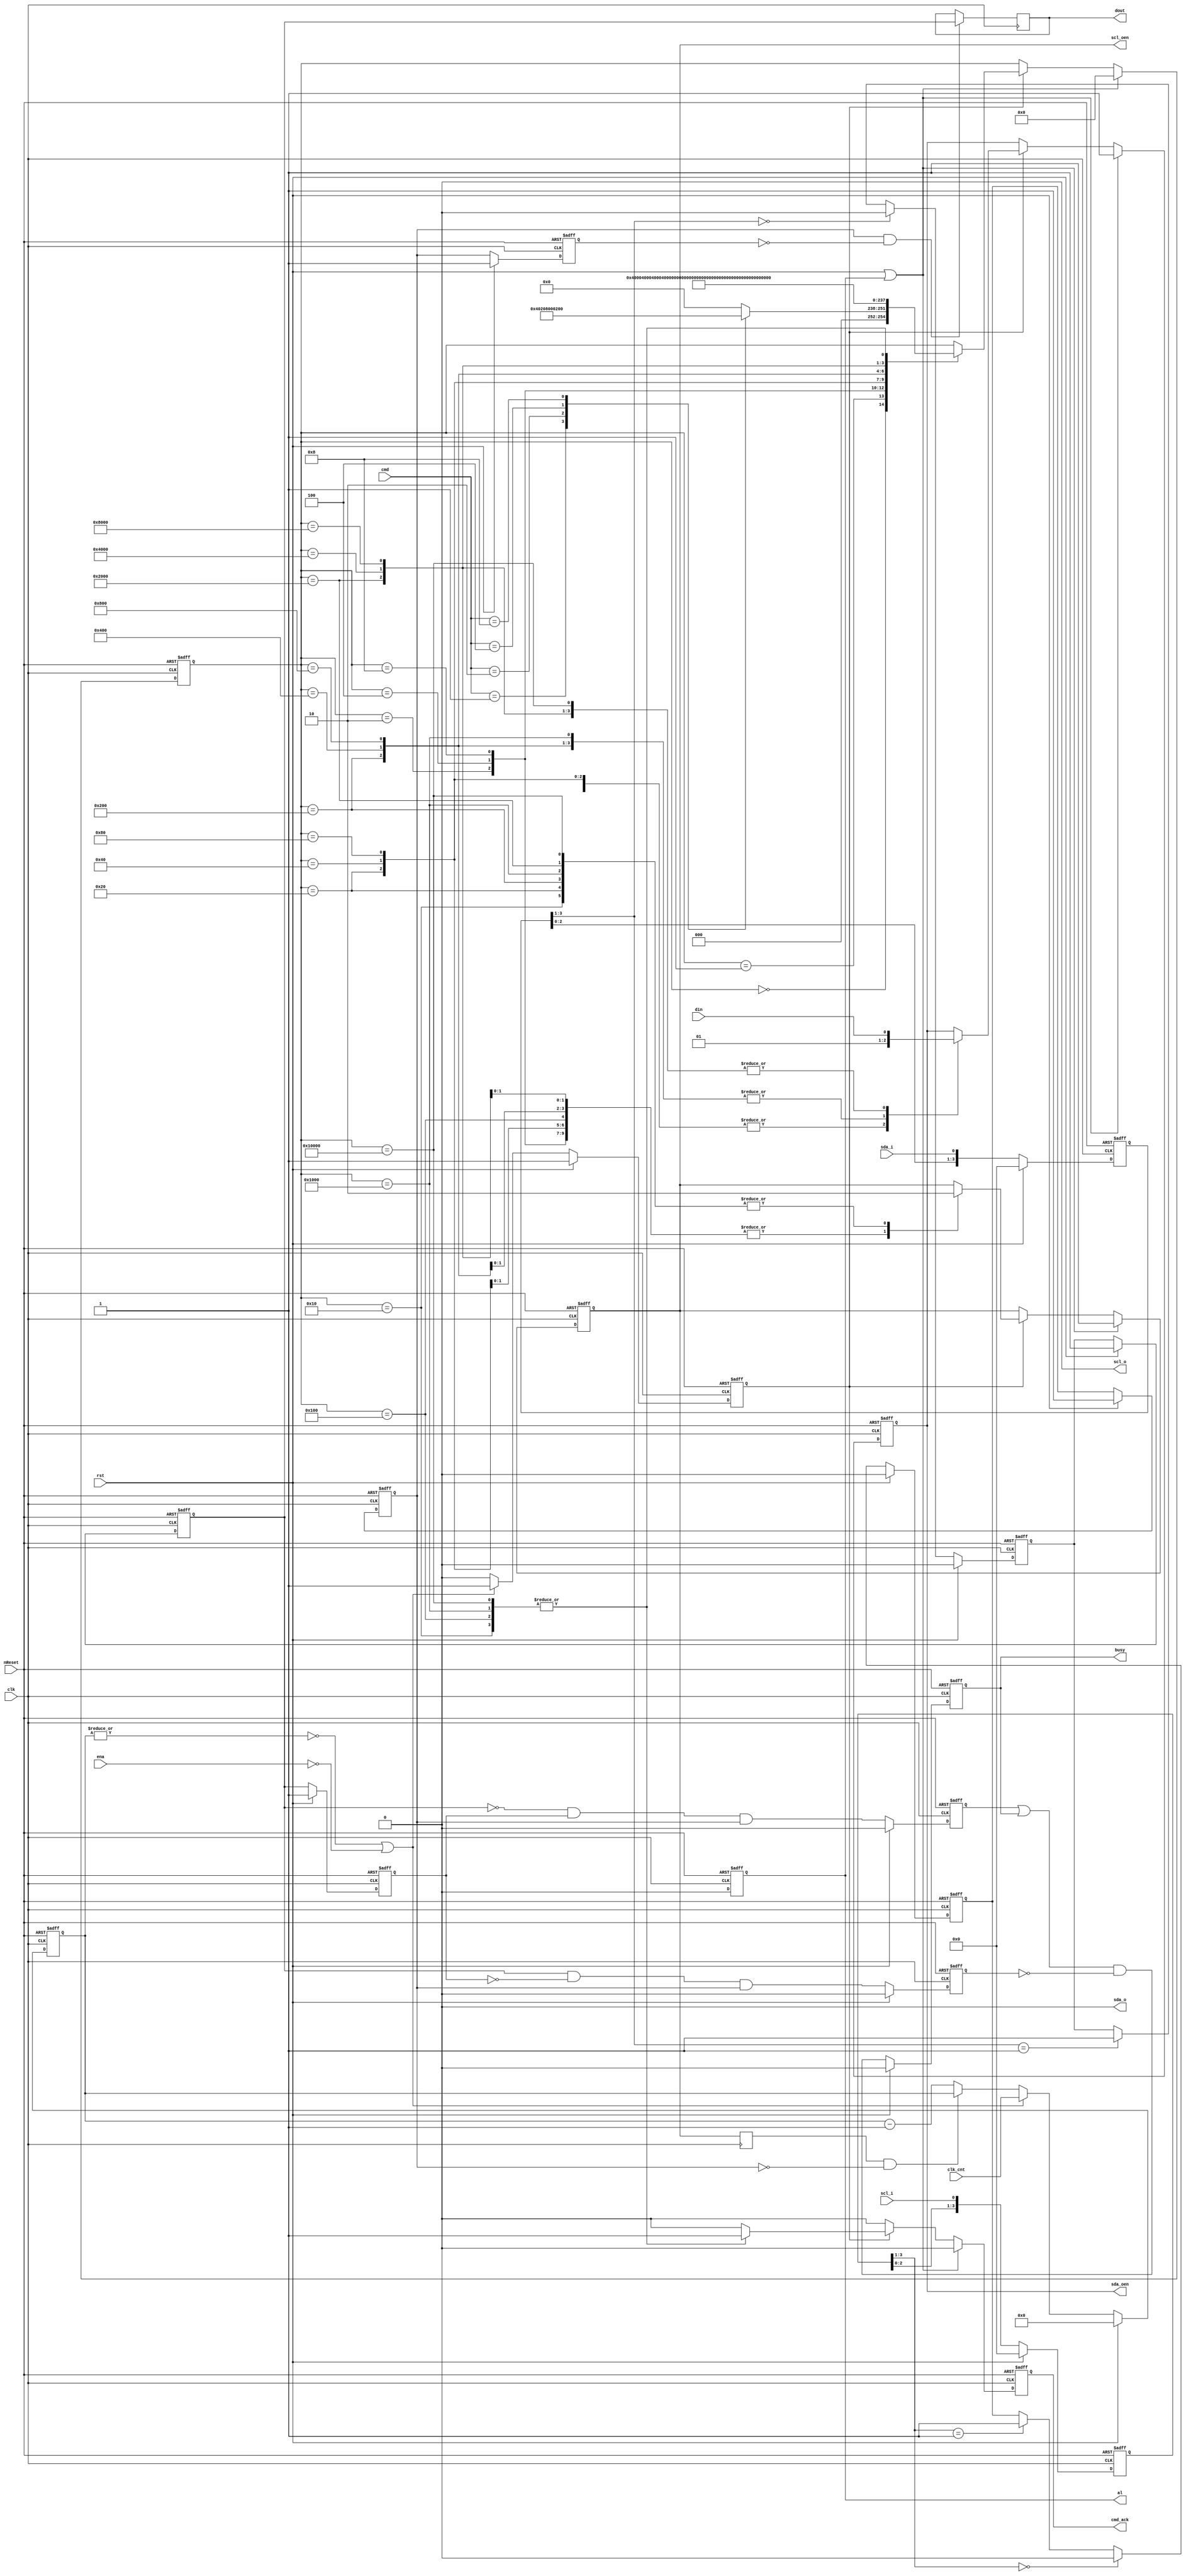
//--------------------------------------------------------------------
// >>>>>>>>>>>>>>>>>>>>>> COPYRIGHT NOTICE <<<<<<<<<<<<<<<<<<<<<<<<<<<
//--------------------------------------------------------------------
/////////////////////////////////////////////////////////////////////
////                                                             ////
////  WISHBONE rev.B2 compliant I2C Master bit-controller        ////
////                                                             ////
////                                                             ////
////          richard@asics.ws                                   ////
////          www.asics.ws                                       ////
////                                                             ////
////  Downloaded from: http://www.opencores.org/projects/i2c/    ////
////                                                             ////
/////////////////////////////////////////////////////////////////////
////                                                             ////
//// Copyright (C) 2001 Richard Herveille                        ////
////                    richard@asics.ws                         ////
////                                                             ////
//// This source file may be used and distributed without        ////
//// restriction provided that this copyright statement is not   ////
//// removed from the file and that any derivative work contains ////
//// the original copyright notice and the associated disclaimer.////
////                                                             ////
////     THIS SOFTWARE IS PROVIDED ``AS IS'' AND WITHOUT ANY     ////
//// EXPRESS OR IMPLIED WARRANTIES, INCLUDING, BUT NOT LIMITED   ////
//// TO, THE IMPLIED WARRANTIES OF MERCHANTABILITY AND FITNESS   ////
//// FOR A PARTICULAR PURPOSE. IN NO EVENT SHALL THE AUTHOR      ////
//// OR CONTRIBUTORS BE LIABLE FOR ANY DIRECT, INDIRECT,         ////
//// INCIDENTAL, SPECIAL, EXEMPLARY, OR CONSEQUENTIAL DAMAGES    ////
//// (INCLUDING, BUT NOT LIMITED TO, PROCUREMENT OF SUBSTITUTE   ////
//// GOODS OR SERVICES; LOSS OF USE, DATA, OR PROFITS; OR        ////
//// BUSINESS INTERRUPTION) HOWEVER CAUSED AND ON ANY THEORY OF  ////
//// LIABILITY, WHETHER IN  CONTRACT, STRICT LIABILITY, OR TORT  ////
//// (INCLUDING NEGLIGENCE OR OTHERWISE) ARISING IN ANY WAY OUT  ////
//// OF THE USE OF THIS SOFTWARE, EVEN IF ADVISED OF THE         ////
//// POSSIBILITY OF SUCH DAMAGE.                                 ////
////                                                             ////
/////////////////////////////////////////////////////////////////////
//
//  Copyright (c) 2008 by Lattice Semiconductor Corporation      
//
//-------------------------------------------------------------------------                           
// Disclaimer:
//
//   This VHDL or Verilog source code is intended as a design reference
//   which illustrates how these types of functions can be implemented.
//   It is the user's responsibility to verify their design for
//   consistency and functionality through the use of formal
//   verification methods.  Lattice Semiconductor provides no warranty
//   regarding the use or functionality of this code.
//-------------------------------------------------------------------------
//
//    Lattice Semiconductor Corporation
//    5555 NE Moore Court
//    Hillsboro, OR 97124
//    U.S.A
//
//    TEL: 1-800-Lattice (USA and Canada)
//    503-268-8001 (other locations)
//
//    web: http://www.latticesemi.com/
// 
//-------------------------------------------------------------------------
//  CVS Log
//
//  $Id: i2c_master_bit_ctrl.v,v 1.12 2006/09/04 09:08:13 rherveille Exp $
//
//  $Date: 2006/09/04 09:08:13 $
//  $Revision: 1.12 $
//  $Author: rherveille $
//  $Locker:  $
//  $State: Exp $
//
// Change History:
//               $Log: i2c_master_bit_ctrl.v,v $
//               Revision 1.12  2006/09/04 09:08:13  rherveille
//               fixed short scl high pulse after clock stretch
//               fixed slave model not returning correct '(n)ack' signal
//
//               Revision 1.11  2004/05/07 11:02:26  rherveille
//               Fixed a bug where the core would signal an arbitration lost (AL bit set), when another master controls the bus and the other master generates a STOP bit.
//
//               Revision 1.10  2003/08/09 07:01:33  rherveille
//               Fixed a bug in the Arbitration Lost generation caused by delay on the (external) sda line.
//               Fixed a potential bug in the byte controller's host-acknowledge generation.
//
//               Revision 1.9  2003/03/10 14:26:37  rherveille
//               Fixed cmd_ack generation item (no bug).
//
//               Revision 1.8  2003/02/05 00:06:10  rherveille
//               Fixed a bug where the core would trigger an erroneous 'arbitration lost' interrupt after being reset, when the reset pulse width < 3 clk cycles.
//
//               Revision 1.7  2002/12/26 16:05:12  rherveille
//               Small code simplifications
//
//               Revision 1.6  2002/12/26 15:02:32  rherveille
//               Core is now a Multimaster I2C controller
//
//               Revision 1.5  2002/11/30 22:24:40  rherveille
//               Cleaned up code
//
//               Revision 1.4  2002/10/30 18:10:07  rherveille
//               Fixed some reported minor start/stop generation timing issuess.
//
//               Revision 1.3  2002/06/15 07:37:03  rherveille
//               Fixed a small timing bug in the bit controller.\nAdded verilog simulation environment.
//
//               Revision 1.2  2001/11/05 11:59:25  rherveille
//               Fixed wb_ack_o generation bug.
//               Fixed bug in the byte_controller statemachine.
//               Added headers.
//
//-------------------------------------------------------------------------
// Code Revision History (LSC) :
//-------------------------------------------------------------------------
// Ver: | Author	|Mod. Date	|Changes Made:
// V2.0 | CM		|12/2008    |no change
//-------------------------------------------------------------------------

// Modifications by Josh Wade Viewcast Inc. 05/10/2013
	// Added deglitch filter to the SDA and SCL inputs
	// Made the deglitch be 4 clk's wide. at 100MHz this is 40ns.
	// This caused the slave_wait to fire at every SCL rising edge. 
	// This is not seen as a problem will leave with extra 40ns of SCL clock.
	// This also caused the arb lost to fire during a write SDA chk.
	// It was decided to turn off the arb lost because multi master is not needed.
	// Note: Multi-Master is disabled becasue arb lost is diabled.
	// To re-enable multi-master: enable arb lost signal and remove deglitch
	//		or enable arb lost and fix SDA chk.	
	
	
/////////////////////////////////////
// Bit controller section
/////////////////////////////////////
//
// Translate simple commands into SCL/SDA transitions
// Each command has 5 states, A/B/C/D/idle
//
// start:	SCL	~~~~~~~~~~\____
//	SDA	~~~~~~~~\______
//		 x | A | B | C | D | i
//
// repstart	SCL	____/~~~~\___
//	SDA	__/~~~\______
//		 x | A | B | C | D | i
//
// stop	SCL	____/~~~~~~~~
//	SDA	==\____/~~~~~
//		 x | A | B | C | D | i
//
//- write	SCL	____/~~~~\____
//	SDA	==X=========X=
//		 x | A | B | C | D | i
//
//- read	SCL	____/~~~~\____
//	SDA	XXXX=====XXXX
//		 x | A | B | C | D | i
//

// Timing:     Normal mode      Fast mode
///////////////////////////////////////////////////////////////////////
// Fscl        100KHz           400KHz
// Th_scl      4.0us            0.6us   High period of SCL
// Tl_scl      4.7us            1.3us   Low period of SCL
// Tsu:sta     4.7us            0.6us   setup time for a repeated start condition
// Tsu:sto     4.0us            0.6us   setup time for a stop conditon
// Tbuf        4.7us            1.3us   Bus free time between a stop and start condition
//

// synopsys translate_off
//was done this way, Jhunt: `include "..\testbench\timescale.v"
// synopsys translate_on
`timescale 1ns / 10ps
//all `defines below were done this way, Jhunt: `include "i2c_master_defines.v"
`define I2C_CMD_NOP   4'b0000
`define I2C_CMD_START 4'b0001
`define I2C_CMD_STOP  4'b0010
`define I2C_CMD_WRITE 4'b0100
`define I2C_CMD_READ  4'b1000

module i2c_master_bit_ctrl(
	clk, rst, nReset, 
	clk_cnt, ena, cmd, cmd_ack, busy, al, din, dout,
	scl_i, scl_o, scl_oen, sda_i, sda_o, sda_oen
	// , test_slave_wait, test_clk_en
	// , test_filteredSCL, test_filteredSDA
	);

	//
	// inputs & outputs
	//
	input clk;
	input rst;
	input nReset;
	input ena;            // core enable signal

	input [15:0] clk_cnt; // clock prescale value

	input  [3:0] cmd;
	output       cmd_ack; // command complete acknowledge
	reg cmd_ack;
	output       busy;    // i2c bus busy
	reg busy;
	output       al;      // i2c bus arbitration lost
	reg al;
	
	input  din;
	output dout;
	reg dout;

	// Test and Debug
	// output test_clk_en;
	// output test_slave_wait;
	// output [3:0] test_filteredSCL;
	// output [3:0] test_filteredSDA;
	
	
	// I2C lines
	input  scl_i;         // i2c clock line input
	output scl_o;         // i2c clock line output
	output scl_oen;       // i2c clock line output enable (active low)
	reg scl_oen;
	input  sda_i;         // i2c data line input
	output sda_o;         // i2c data line output
	output sda_oen;       // i2c data line output enable (active low)
	reg sda_oen;


	//
	// variable declarations
	//


	reg [3:0] shifterSCL, shifterSDA;    // Filtered SCL and SDA inputs
	reg filteredSCL, filteredSDA;    // Filtered SCL and SDA inputs
	reg sSCL, sSDA;             // synchronized SCL and SDA inputs
	reg dscl_oen;               // delayed scl_oen
	reg sda_chk;                // check SDA output (Multi-master arbitration)
	reg clk_en;                 // clock generation signals
	wire slave_wait;
//	reg [15:0] cnt = clk_cnt;   // clock divider counter (simulation)
	reg [15:0] cnt;             // clock divider counter (synthesis)

	// state machine variable
	reg [16:0] c_state; /*// synopsys enum_state */

	//
	// module body
	//

	// Test assigns
	// assign test_slave_wait = slave_wait;
	// assign test_clk_en = clk_en;
	// assign test_filteredSCL[3:0] = shifterSCL[3:0];
	// assign test_filteredSDA[3:0] = shifterSDA[3:0];
	
	// whenever the slave is not ready it can delay the cycle by pulling SCL low
	// delay scl_oen
	always @(posedge clk)
	  dscl_oen <= #1 scl_oen;

	assign slave_wait = dscl_oen && !sSCL;


	// generate clk enable signal
	always @(posedge clk or negedge nReset)
	  if(~nReset)
	    begin
	        cnt    <= #1 16'h0;
	        clk_en <= #1 1'b1;
	    end
	  else if (rst)
	    begin
	        cnt    <= #1 16'h0;
	        clk_en <= #1 1'b1;
	    end
	  else if ( ~|cnt || !ena)
	    begin
	        cnt    <= #1 clk_cnt;
	        clk_en <= #1 1'b1;
	    end
	  else if (slave_wait)
	    begin
	        cnt    <= #1 cnt;
	        clk_en <= #1 1'b0;    
	    end
	  else
	    begin
	        cnt    <= #1 cnt - 16'h1;
	        clk_en <= #1 1'b0;
	    end

		
	// De-Glitch the SCL and SDA lines 
		// 
always @(posedge clk or negedge nReset)
	if (~nReset)
	    begin
	        filteredSCL <= #1 1'b0;
	        shifterSCL <= #1 0;
	    end // nReset
	else if (rst)
	    begin
	        filteredSCL <= #1 1'b0;
	        shifterSCL <= #1 0;
	    end // rst
	else if (shifterSCL[3:1] == 0) begin
		filteredSCL <= #1 1'b0;
		shifterSCL <= #1 {shifterSCL[2:0], scl_i};
	end // if '0'
	else if (shifterSCL[3:1] == 1) begin
		filteredSCL <= #1 1'b1;
		shifterSCL <= #1 {shifterSCL[2:0], scl_i};
	end  // else '1'
	else begin
		shifterSCL <= #1 {shifterSCL[2:0], scl_i};
	end


always @(posedge clk or negedge nReset)
	if (~nReset)		begin
	        filteredSDA <= #1 1'b0;
	        shifterSDA  <= #1 0;
	end // nReset
	else if (rst)		begin
	        filteredSDA <= #1 1'b0;
	        shifterSDA  <= #1 0;
	end // rst
	else if (shifterSDA[3:1] == 0) begin
		filteredSDA <= #1 1'b0;
		shifterSDA  <= #1 {shifterSDA[2:0], sda_i};
	end // if '0'
	else if (shifterSDA[3:1] == 1) begin
		filteredSDA <= #1 1'b1;
		shifterSDA  <= #1 {shifterSDA[2:0], sda_i};
	end  // else '1'
	else begin
		shifterSDA  <= #1 {shifterSDA[2:0], sda_i};
	end

		
	// generate bus status controller
	reg dSCL;
	reg dSDA;
	reg sta_condition;
	reg sto_condition;

	// synchronize SCL and SDA inputs
	// reduce metastability risc
	always @(posedge clk or negedge nReset)
	  if (~nReset)
	    begin
	        sSCL <= #1 1'b1;
	        sSDA <= #1 1'b1;

	        dSCL <= #1 1'b1;
	        dSDA <= #1 1'b1;
			
	    end
	  else if (rst)
	    begin
	        sSCL <= #1 1'b1;
	        sSDA <= #1 1'b1;

	        dSCL <= #1 1'b1;
	        dSDA <= #1 1'b1;
			
	    end
	  else
	    begin
	        sSCL <= #1 filteredSCL;
	        sSDA <= #1 filteredSDA;
			
			// Use the direct inputs if de-glitch is not needed
			// sSCL <= #1 scl_i;
	        // sSDA <= #1 sda_i;

	        dSCL <= #1 sSCL;
	        dSDA <= #1 sSDA;
			
	    end

	// detect start condition => detect falling edge on SDA while SCL is high
	// detect stop condition => detect rising edge on SDA while SCL is high
	always @(posedge clk or negedge nReset)
	  if (~nReset)
	    begin
	        sta_condition <= #1 1'b0;
	        sto_condition <= #1 1'b0;
	    end
	  else if (rst)
	    begin
	        sta_condition <= #1 1'b0;
	        sto_condition <= #1 1'b0;
	    end
	  else
	    begin
	        sta_condition <= #1 ~sSDA &  dSDA & sSCL;
	        sto_condition <= #1  sSDA & ~dSDA & sSCL;
						
	    end

	// generate i2c bus busy signal
	always @(posedge clk or negedge nReset)
	  if(!nReset)
	    busy <= #1 1'b0;
	  else if (rst)
	    busy <= #1 1'b0;
	  else
	    busy <= #1 (sta_condition | busy) & ~sto_condition;

	// generate arbitration lost signal
	// aribitration lost when:
	// 1) master drives SDA high, but the i2c bus is low
	// 2) stop detected while not requested
	reg cmd_stop;
	always @(posedge clk or negedge nReset)
	  if (~nReset)
	    cmd_stop <= #1 1'b0;
	  else if (rst)
	    cmd_stop <= #1 1'b0;
	  else if (clk_en)
	    cmd_stop <= #1 cmd == `I2C_CMD_STOP;

	always @(posedge clk or negedge nReset)
	  if (~nReset)
	    al <= #1 1'b0;
	  else if (rst)
	    al <= #1 1'b0;
	  else
			// Turn off arb lost signal
	    // al <= #1 (sda_chk & ~sSDA & sda_oen) | (|c_state & sto_condition & ~cmd_stop);
		al <= #1 1'b0;


	// generate dout signal (store SDA on rising edge of SCL)
	always @(posedge clk)
	  if(sSCL & ~dSCL)
	    dout <= #1 sSDA;

	// generate statemachine

	// nxt_state decoder
	parameter [16:0] idle    = 17'b0_0000_0000_0000_0000;
	parameter [16:0] start_a = 17'b0_0000_0000_0000_0001;
	parameter [16:0] start_b = 17'b0_0000_0000_0000_0010;
	parameter [16:0] start_c = 17'b0_0000_0000_0000_0100;
	parameter [16:0] start_d = 17'b0_0000_0000_0000_1000;
	parameter [16:0] start_e = 17'b0_0000_0000_0001_0000;
	parameter [16:0] stop_a  = 17'b0_0000_0000_0010_0000;
	parameter [16:0] stop_b  = 17'b0_0000_0000_0100_0000;
	parameter [16:0] stop_c  = 17'b0_0000_0000_1000_0000;
	parameter [16:0] stop_d  = 17'b0_0000_0001_0000_0000;
	parameter [16:0] rd_a    = 17'b0_0000_0010_0000_0000;
	parameter [16:0] rd_b    = 17'b0_0000_0100_0000_0000;
	parameter [16:0] rd_c    = 17'b0_0000_1000_0000_0000;
	parameter [16:0] rd_d    = 17'b0_0001_0000_0000_0000;
	parameter [16:0] wr_a    = 17'b0_0010_0000_0000_0000;
	parameter [16:0] wr_b    = 17'b0_0100_0000_0000_0000;
	parameter [16:0] wr_c    = 17'b0_1000_0000_0000_0000;
	parameter [16:0] wr_d    = 17'b1_0000_0000_0000_0000;

	always @(posedge clk or negedge nReset)
	  if (!nReset)
	    begin
	        c_state <= #1 idle;
	        cmd_ack <= #1 1'b0;
	        scl_oen <= #1 1'b1;
	        sda_oen <= #1 1'b1;
	        sda_chk <= #1 1'b0;
	    end
	  else if (rst | al)
	    begin
	        c_state <= #1 idle;
	        cmd_ack <= #1 1'b0;
	        scl_oen <= #1 1'b1;
	        sda_oen <= #1 1'b1;
	        sda_chk <= #1 1'b0;
	    end
	  else
	    begin
	        cmd_ack   <= #1 1'b0; // default no command acknowledge + assert cmd_ack only 1clk cycle

	        if (clk_en)
	          case (c_state) // synopsys full_case parallel_case
	            // idle state
	            idle:
	            begin
	                case (cmd) // synopsys full_case parallel_case
	                  `I2C_CMD_START:
	                     c_state <= #1 start_a;

	                  `I2C_CMD_STOP:
	                     c_state <= #1 stop_a;

	                  `I2C_CMD_WRITE:
	                     c_state <= #1 wr_a;

	                  `I2C_CMD_READ:
	                     c_state <= #1 rd_a;

	                  default:
	                    c_state <= #1 idle;
	                endcase

	                scl_oen <= #1 scl_oen; // keep SCL in same state
	                sda_oen <= #1 sda_oen; // keep SDA in same state
	                sda_chk <= #1 1'b0;    // don't check SDA output
	            end

	            // start
	            start_a:
	            begin
	                c_state <= #1 start_b;
	                scl_oen <= #1 scl_oen; // keep SCL in same state
	                sda_oen <= #1 1'b1;    // set SDA high
	                sda_chk <= #1 1'b0;    // don't check SDA output
	            end

	            start_b:
	            begin
	                c_state <= #1 start_c;
	                scl_oen <= #1 1'b1; // set SCL high
	                sda_oen <= #1 1'b1; // keep SDA high
	                sda_chk <= #1 1'b0; // don't check SDA output
	            end

	            start_c:
	            begin
	                c_state <= #1 start_d;
	                scl_oen <= #1 1'b1; // keep SCL high
	                sda_oen <= #1 1'b0; // set SDA low
	                sda_chk <= #1 1'b0; // don't check SDA output
	            end

	            start_d:
	            begin
	                c_state <= #1 start_e;
	                scl_oen <= #1 1'b1; // keep SCL high
	                sda_oen <= #1 1'b0; // keep SDA low
	                sda_chk <= #1 1'b0; // don't check SDA output
	            end

	            start_e:
	            begin
	                c_state <= #1 idle;
	                cmd_ack <= #1 1'b1;
	                scl_oen <= #1 1'b0; // set SCL low
	                sda_oen <= #1 1'b0; // keep SDA low
	                sda_chk <= #1 1'b0; // don't check SDA output
	            end

	            // stop
	            stop_a:
	            begin
	                c_state <= #1 stop_b;
	                scl_oen <= #1 1'b0; // keep SCL low
	                sda_oen <= #1 1'b0; // set SDA low
	                sda_chk <= #1 1'b0; // don't check SDA output
	            end

	            stop_b:
	            begin
	                c_state <= #1 stop_c;
	                scl_oen <= #1 1'b1; // set SCL high
	                sda_oen <= #1 1'b0; // keep SDA low
	                sda_chk <= #1 1'b0; // don't check SDA output
	            end

	            stop_c:
	            begin
	                c_state <= #1 stop_d;
	                scl_oen <= #1 1'b1; // keep SCL high
	                sda_oen <= #1 1'b0; // keep SDA low
	                sda_chk <= #1 1'b0; // don't check SDA output
	            end

	            stop_d:
	            begin
	                c_state <= #1 idle;
	                cmd_ack <= #1 1'b1;
	                scl_oen <= #1 1'b1; // keep SCL high
	                sda_oen <= #1 1'b1; // set SDA high
	                sda_chk <= #1 1'b0; // don't check SDA output
	            end

	            // read
	            rd_a:
	            begin
	                c_state <= #1 rd_b;
	                scl_oen <= #1 1'b0; // keep SCL low
	                sda_oen <= #1 1'b1; // tri-state SDA
	                sda_chk <= #1 1'b0; // don't check SDA output
	            end

	            rd_b:
	            begin
	                c_state <= #1 rd_c;
	                scl_oen <= #1 1'b1; // set SCL high
	                sda_oen <= #1 1'b1; // keep SDA tri-stated
	                sda_chk <= #1 1'b0; // don't check SDA output
	            end

	            rd_c:
	            begin
	                c_state <= #1 rd_d;
	                scl_oen <= #1 1'b1; // keep SCL high
	                sda_oen <= #1 1'b1; // keep SDA tri-stated
	                sda_chk <= #1 1'b0; // don't check SDA output
	            end

	            rd_d:
	            begin
	                c_state <= #1 idle;
	                cmd_ack <= #1 1'b1;
	                scl_oen <= #1 1'b0; // set SCL low
	                sda_oen <= #1 1'b1; // keep SDA tri-stated
	                sda_chk <= #1 1'b0; // don't check SDA output
	            end

	            // write
	            wr_a:
	            begin
	                c_state <= #1 wr_b;
	                scl_oen <= #1 1'b0; // keep SCL low
	                sda_oen <= #1 din;  // set SDA
	                sda_chk <= #1 1'b0; // don't check SDA output (SCL low)
	            end

	            wr_b:
	            begin
	                c_state <= #1 wr_c;
	                scl_oen <= #1 1'b1; // set SCL high
	                sda_oen <= #1 din;  // keep SDA
	                sda_chk <= #1 1'b1; // check SDA output
	            end

	            wr_c:
	            begin
	                c_state <= #1 wr_d;
	                scl_oen <= #1 1'b1; // keep SCL high
	                sda_oen <= #1 din;
	                sda_chk <= #1 1'b1; // check SDA output
	            end

	            wr_d:
	            begin
	                c_state <= #1 idle;
	                cmd_ack <= #1 1'b1;
	                scl_oen <= #1 1'b0; // set SCL low
	                sda_oen <= #1 din;
	                sda_chk <= #1 1'b0; // don't check SDA output (SCL low)
	            end

	          endcase
	    end


	// assign scl and sda output (always gnd)
	assign scl_o = 1'b0;
	assign sda_o = 1'b0;

endmodule